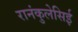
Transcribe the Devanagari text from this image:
रानंकुलेसिई